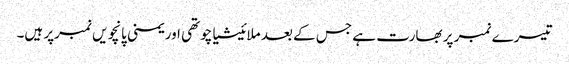
تیسرے نمبر پر بھارت ہے جس کے بعد ملائیشیاچوتھی اور یمنی پانچویں نمبرپر ہیں۔